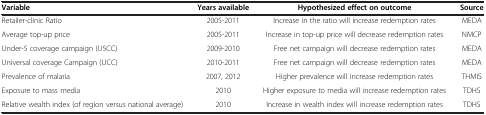
| Variable | Years available | Hypothesized effect on outcome | Source |
 | --- | --- | --- | --- |
 | Retailer-clinic Ratio | 2005-2011 | Increase in the ratio will increase redemption rates | MEDA |
 | Average top-up price | 2005-2011 | Increase in top-up price will decrease redemption rates | NMCP |
 | Under-5 coverage campaign (U5CC) | 2009-2010 | Free net campaign will decrease redemption rates | MEDA |
 | Universal coverage Campaign (UCC) | 2010-2011 | Free net campaign will decrease redemption rates | MEDA |
 | Prevalence of malaria | 2007, 2012 | Higher prevalence will increase redemption rates | THMIS |
 | Exposure to mass media | 2010 | Higher exposure to media will increase redemption rates | TDHS |
 | Relative wealth index (of region versus national average) | 2010 | Increase in wealth index will increase redemption rates | TDHS |